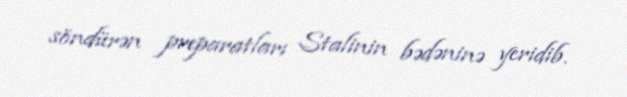
söndürən preparatları Stalinin bədəninə yeridib.